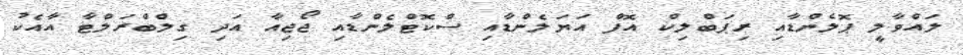
ލައްވާލީ ޕޮލެންޑާއި ރިޕަބްލިކް އޮފް އަޔަލެންޑާއި ސްކޮޓްލެންޑާއި ޖޯޖިއާ އަދި ގިލްބްރަލްޓާ އާއެކު